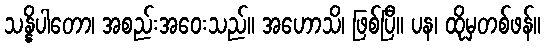
သန္နိပါတော၊ အစည်းအဝေးသည်။ အဟောသိ၊ ဖြစ်ပြီ။ ပန၊ ထိုမှတစ်ဖန်။